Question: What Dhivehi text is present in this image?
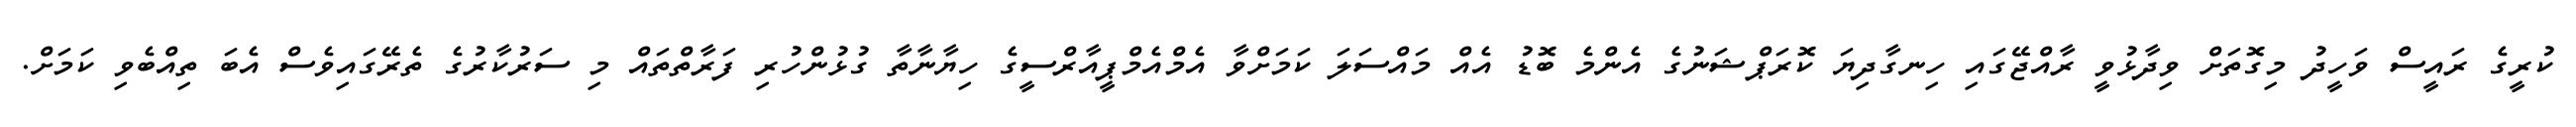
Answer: ކުރީގެ ރައީސް ވަހީދު މިގޮތަށް ވިދާޅުވީ ރާއްޖޭގައި ހިނގާދިޔަ ކޮރަޕްޝަނުގެ އެންމެ ބޮޑު އެއް މައްސަލަ ކަމަށްވާ އެމްއެމްޕީއާރްސީގެ ހިޔާނާތާ ގުޅުންހުރި ފަރާތްތައް މި ސަރުކާރުގެ ތެރޭގައިވެސް އެބަ ތިއްބެވި ކަމަށް.